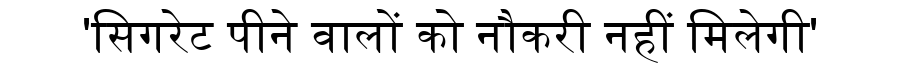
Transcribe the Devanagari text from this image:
'सिगरेट पीने वालों को नौकरी नहीं मिलेगी'